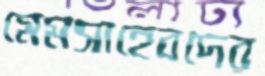
মেমসাহেবদের